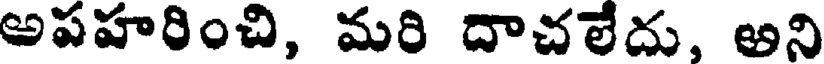
అపహరించి, మరి దాచలేదు, అని